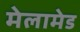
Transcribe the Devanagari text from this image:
मेलामेड